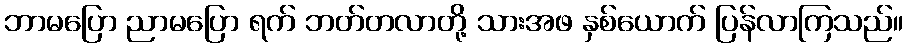
ဘာမပြော ညာမပြော ရက် ဘတ်တလာတို့ သားအဖ နှစ်ယောက် ပြန်လာကြသည်။